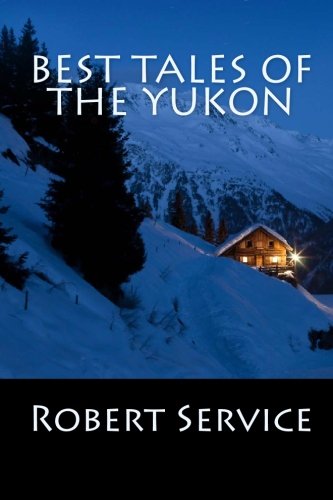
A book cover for Best Tales of the Yukon; Robert Service; Literature & Fiction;